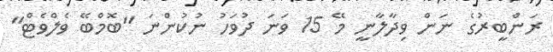
ރަންބީރުގެ ނަން ވިދާލާނީ މޭ 15 ވަނަ ދުވަހު ނުކުންނަ "ބޮމްބޭ ވެލްވެޓް"